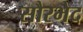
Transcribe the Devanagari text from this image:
सौरभेद